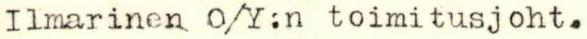
Ilmarinen O/Y:n toimitusjoht.